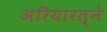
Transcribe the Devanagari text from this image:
अरियारत्ने